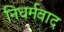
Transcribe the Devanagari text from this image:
निधर्मवाद